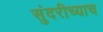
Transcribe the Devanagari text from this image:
सुंदरीच्याच